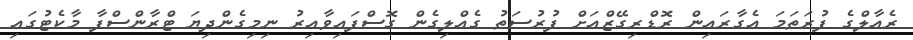
ރެއާލްގެ ފުރަތަމަ އެގާރައިން ރޮޑްރިގޭޒްއަށް ފުރުސަތު ގެއްލިގެން ގޮސްފައިވާއިރު ނިމިގެންދިޔަ ޓްރާންސްފާ މާކެޓުގައި